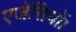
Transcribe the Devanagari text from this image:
एजेंसियों।